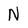
Character: N